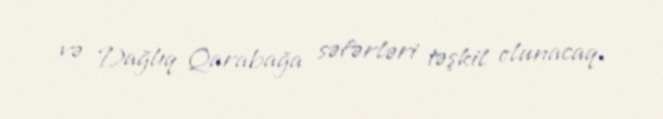
və Dağlıq Qarabağa səfərləri təşkil olunacaq.